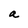
Character: a